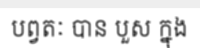
បព្វតៈ បាន បួស ក្នុង